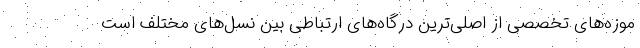
موزه‌های تخصصی از اصلی‌ترین درگاه‌های ارتباطی بین نسل‌های مختلف است